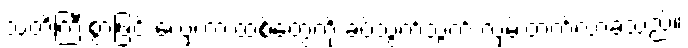
သတိကြီးစွာဖြင့် လှေကားထစ်တွေကို ခပ်သွက်သွက် လှမ်းတက်လာခဲ့သည်။